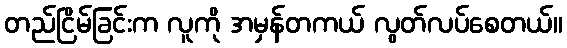
တည်ငြိမ်ခြင်းက လူကို အမှန်တကယ် လွတ်လပ်စေတယ်။